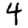
Digit: 4